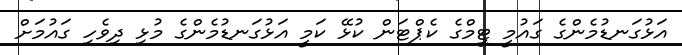
އަޅުގަނޑުމެންގެ ގައުމީ ޓީމްގެ ކެޕްޓަން ކުޅޭ ކަމީ އަޅުގަނޑުމެންގެ މުޅި ދިވެހި ގައުމަށް